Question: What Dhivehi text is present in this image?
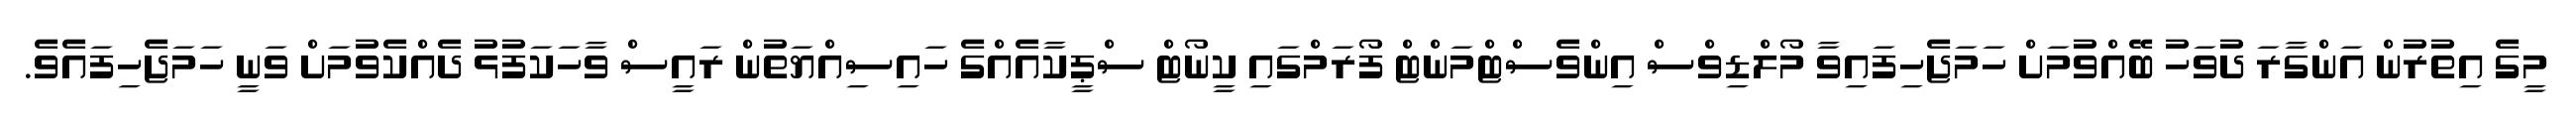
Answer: މީގެ އިތުރުން އަންގާރަ ދުވަހު ބޭއްވުމަށް ހަމަޖެހިފައިވާ މޯލްޑިވްސް އިންވެސްޓްމަންޓް ފޯރަމްގައި ކީނޯޓް ސްޕީކާއެއްގެ ހައިސިއްޔަތުން ރައީސް ވާހަކަފުޅު ދެއްކެވުމަށް ވަނީ ހަމަޖެހިފައެވެ.